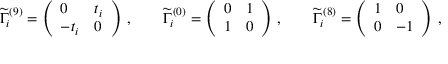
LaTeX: \widetilde { \Gamma } _ { i } ^ { ( 9 ) } = \left( \begin{array} { l l } { { 0 } } & { { t _ { i } } } \\ { { - t _ { i } } } & { { 0 } } \end{array} \right) \, , \qquad \widetilde { \Gamma } _ { i } ^ { ( 0 ) } = \left( \begin{array} { l l } { { 0 } } & { { 1 } } \\ { { 1 } } & { { 0 } } \end{array} \right) \, , \qquad \widetilde { \Gamma } _ { i } ^ { ( 8 ) } = \left( \begin{array} { l l } { { 1 } } & { { 0 } } \\ { { 0 } } & { { - 1 } } \end{array} \right) \, ,